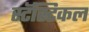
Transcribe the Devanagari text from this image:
स्टॅस्टिकल